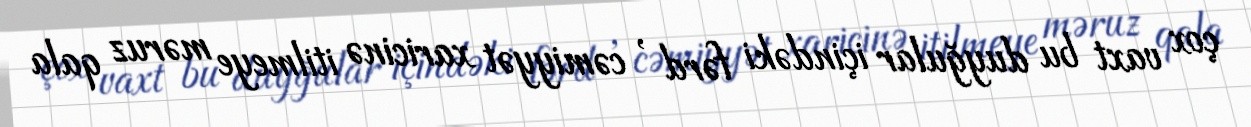
çox vaxt bu duyğular içindəki fərd , cəmiyyət xaricinə itilmeye məruz qala